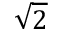
\sqrt { 2 }